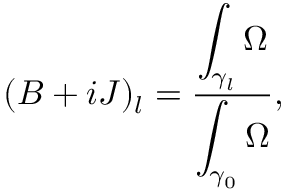
( B + i J ) _ { l } = \frac { \displaystyle \int _ { \gamma _ { l } } \Omega } { \displaystyle \int _ { \gamma _ { 0 } } \Omega } ,